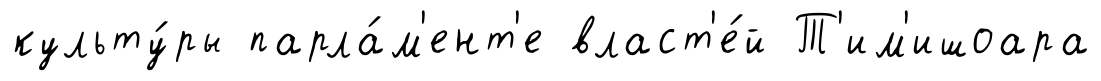
культу́ры парла́м'ент'е власт'е́й Т'им'ишоара